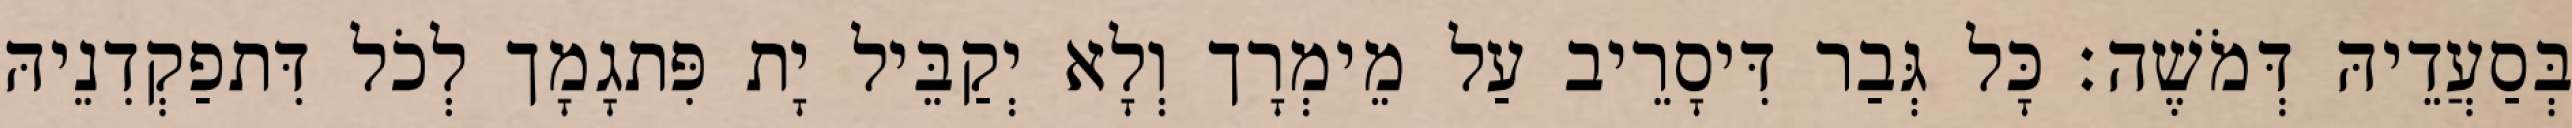
בְּסַעֲדֵיהּ דְּמֹשֶׁה׃ כָּל גְּבַר דִּיסָרֵיב עַל מֵימְרָך וְלָא יְקַבֵּיל יָת פִּתגָמָך לְכֹל דִּתפַקְדִנֵיהּ